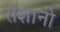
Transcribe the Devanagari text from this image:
रोशानी